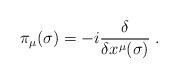
LaTeX: \begin{align*}\pi_\mu(\sigma) = -i \frac{\delta}{\delta x^\mu(\sigma)}\;.\end{align*}